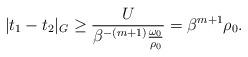
LaTeX: \begin{align*}|t_1-t_2|_G \ge \frac {U}{\beta^{-(m+1)} \frac {\omega_0}{\rho_0}} =\beta^{m+1} \rho_0.\end{align*}